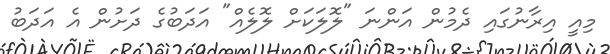
މިއީ އިރާނުގައި ދެމުން އަންނަ "ލޮލަކަށް ލޮލެއް" އަދަބުގެ ދަށުން އެ އަދަބު